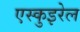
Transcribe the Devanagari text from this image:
एस्कुइरेल